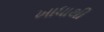
ખાધાથી